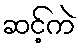
ဆင့်ကဲ